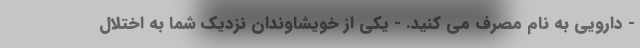
- دارویی به نام مصرف می کنید. - یکی از خویشاوندان نزدیک شما به اختلال